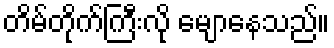
တိမ်တိုက်ကြီးလို မျောနေသည်။